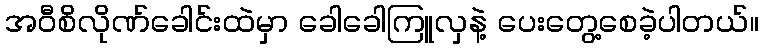
အဝီစိလိုဏ်ခေါင်းထဲမှာ ခေါခေါကြူလှနဲ့ ပေးတွေ့စေခဲ့ပါတယ်။